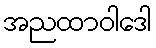
အညထာဝါဒေါ